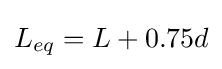
L_{eq}=L+0.75d